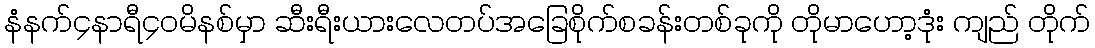
နံနက်၄နာရီ၄၀မိနစ်မှာ ဆီးရီးယားလေတပ်အခြေစိုက်စခန်းတစ်ခုကို တိုမာဟော့ဒုံး ကျည် တိုက်